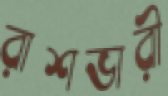
রাশভারী